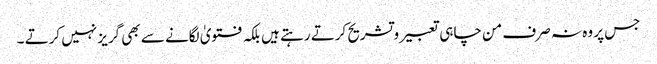
جس پر وہ نہ صرف من چاہی تعبیر و تشریح کرتے رہتے ہیں بلکہ فتویٰ لگانے سے بھی گریز نہیں کرتے ۔